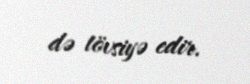
də tövsiyə edir.